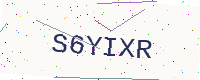
Text: S6YIXR